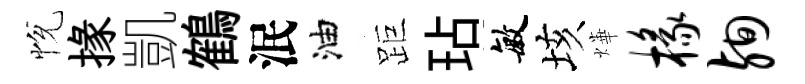
恱掾凱鶴泯油距玷敏垓燁椽殉